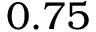
0 . 7 5